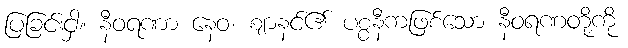
ပြခြင်းငှါ။ နီဝရဏာ နေဝ၊ ဈာနင်၏ ပစ္စနီကဖြစ်သော နီဝရဏတို့ကို